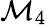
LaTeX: \mathcal{M}_{4}